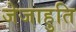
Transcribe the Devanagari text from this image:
जेजाहुति